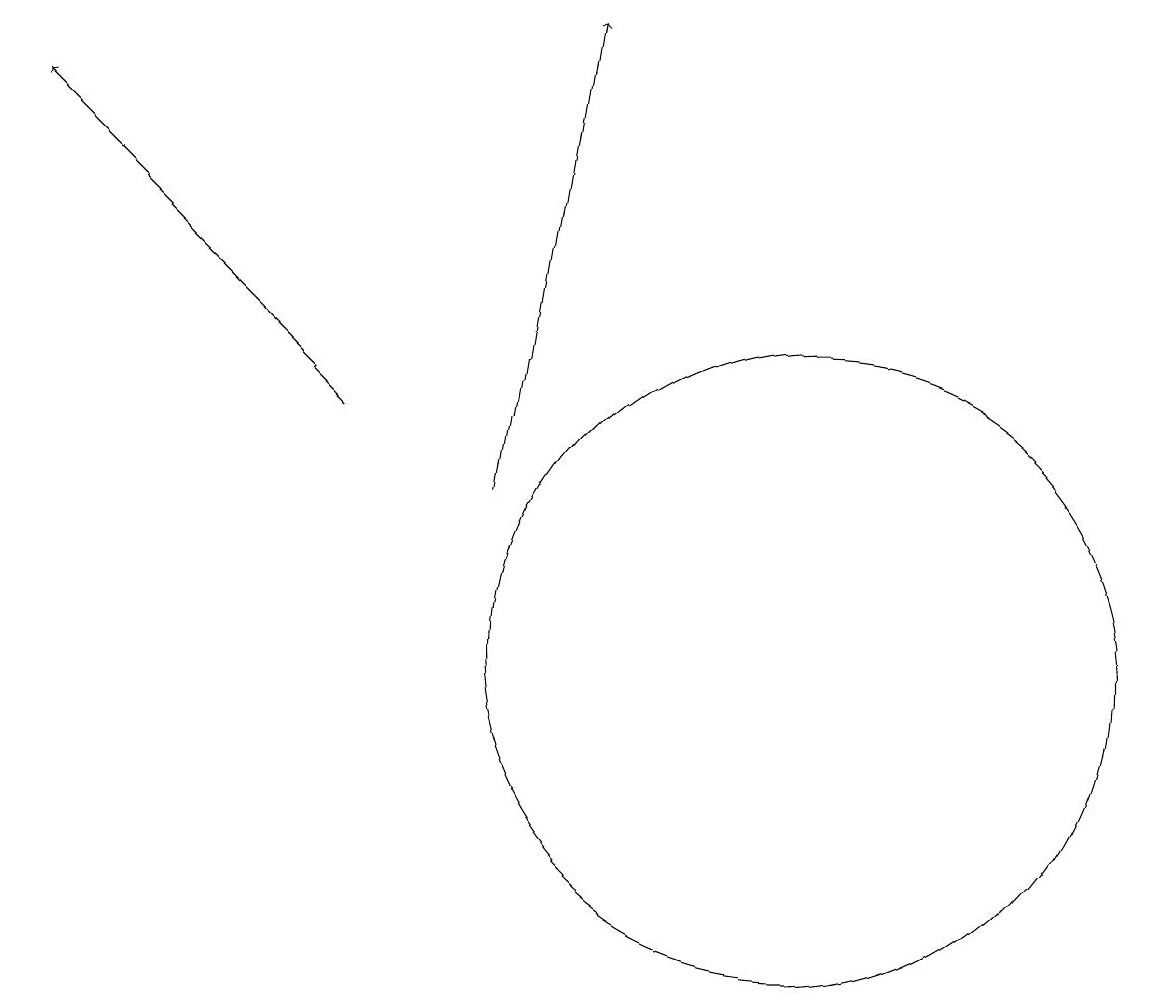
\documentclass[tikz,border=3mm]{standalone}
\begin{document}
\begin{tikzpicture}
\draw[->] (5,13) -- (1,17);
\draw (11,10) circle (4);
\draw[->] (7,12) -- (8,18);
\draw (10,10) circle (0);
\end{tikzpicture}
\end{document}